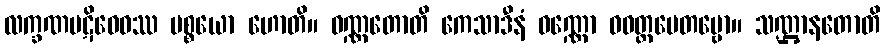
လက္ခဏပဋိဝေဓဿ ပစ္စယော ဟောတိ။ ဝဏ္ဏတောတိ ကေသာဒီနံ ဝဏ္ဏော ဝဝတ္ထပေတဗ္ဗော။ သဏ္ဌာနတောတိ